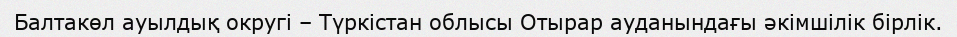
Балтакөл ауылдық округі – Түркістан облысы Отырар ауданындағы әкімшілік бірлік.